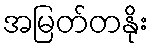
အမြတ်တနိုး